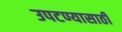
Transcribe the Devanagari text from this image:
उपटण्यासाठी